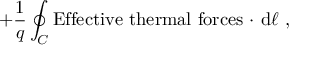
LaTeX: + { \frac { 1 } { q } } \oint _ { C } \mathrm { E f f e c t i v e \ t h e r m a l \ f o r c e s \ \cdot } \ \mathrm { d } { \boldsymbol { \ell } } \ ,